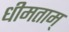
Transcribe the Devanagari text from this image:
धीमताम्